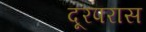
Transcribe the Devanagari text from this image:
दूरपरास